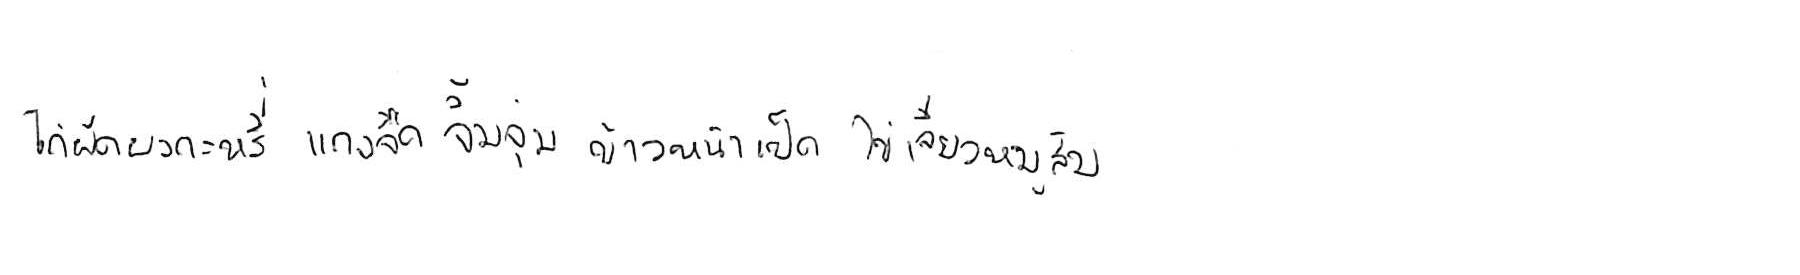
ไก่ผัดผงกะหรี่ แกงจืด จิ้มจุ่ม ข้าวหน้าเป็ด ไข่เจียวหมูสับ